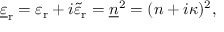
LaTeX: { \underline { { \varepsilon } } } _ { \mathrm { r } } = \varepsilon _ { \mathrm { r } } + i { \tilde { \varepsilon } } _ { \mathrm { r } } = { \underline { { n } } } ^ { 2 } = ( n + i \kappa ) ^ { 2 } ,